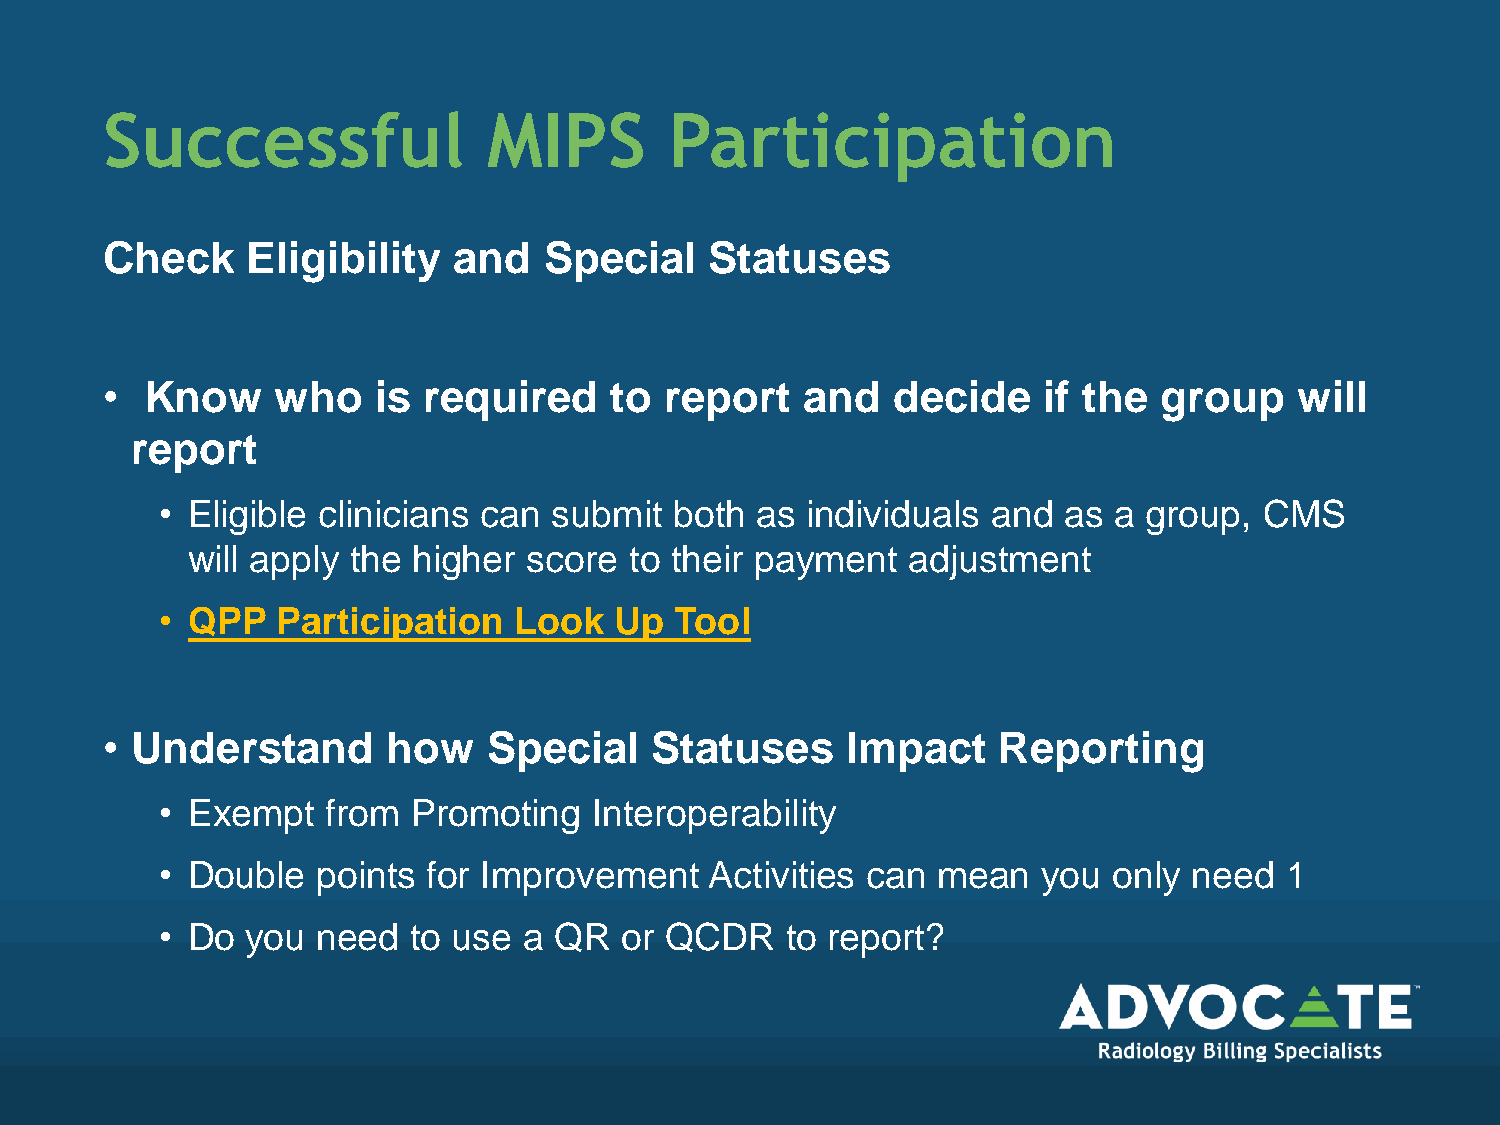
Successful               MIPS        Participation
 Check    Eligibility   and   Special    Statuses
 •  Know    who    is required    to  report   and   decide    if the  group    will
 report
 • Eligible clinicians can submit  both as individuals  and as  a group,  CMS
 will apply the higher  score  to their payment  adjustment
 • QPP  Participation   Look   Up  Tool
 • Understand       how   Special    Statuses     Impact    Reporting
 • Exempt   from Promoting   Interoperability
 • Double  points for Improvement    Activities can mean   you  only need  1
 • Do you  need  to use  a QR  or QCDR    to report?